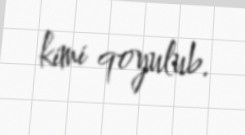
kimi qoyulub.